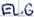
Text: E1.6